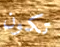
تكون